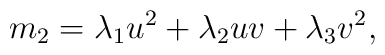
m_2 = \lambda_1 u^2 +\lambda_2 uv + \lambda_3 v^2 ,